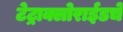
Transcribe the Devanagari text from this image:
टेट्राक्लोराईडचे